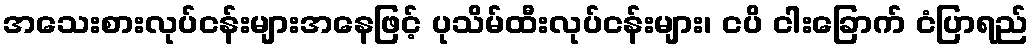
အသေးစားလုပ်ငန်းများအနေဖြင့် ပုသိမ်ထီးလုပ်ငန်းများ၊ ငပိ ငါးခြောက် ငံပြာရည်